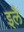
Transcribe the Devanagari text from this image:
इलै